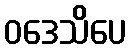
ဝဒေသိပေ